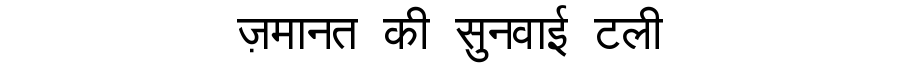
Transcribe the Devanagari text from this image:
ज़मानत की सुनवाई टली